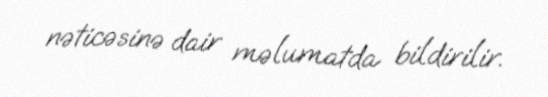
nəticəsinə dair məlumatda bildirilir.